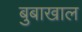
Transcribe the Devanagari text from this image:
बुबाखाल